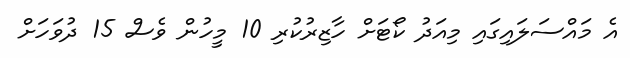
އެ މައްސަލައިގައި މިއަދު ކޯޓަށް ހާޒިރުކުރި 10 މީހުން ވެސް 15 ދުވަހަށް